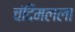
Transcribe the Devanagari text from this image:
चंदिमलला